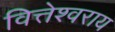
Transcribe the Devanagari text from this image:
वित्तेश्वराय